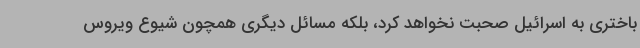
باختری به اسرائیل صحبت نخواهد کرد، بلکه مسائل دیگری همچون شیوع ویروس